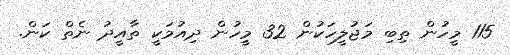
115 މީހުން ތިބި މަޖުލީހަކުން 32 މީހުން ދިއުމަކީ ތާއީދު ނެތް ކަން.